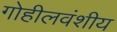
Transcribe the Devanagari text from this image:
गोहीलवंशीय